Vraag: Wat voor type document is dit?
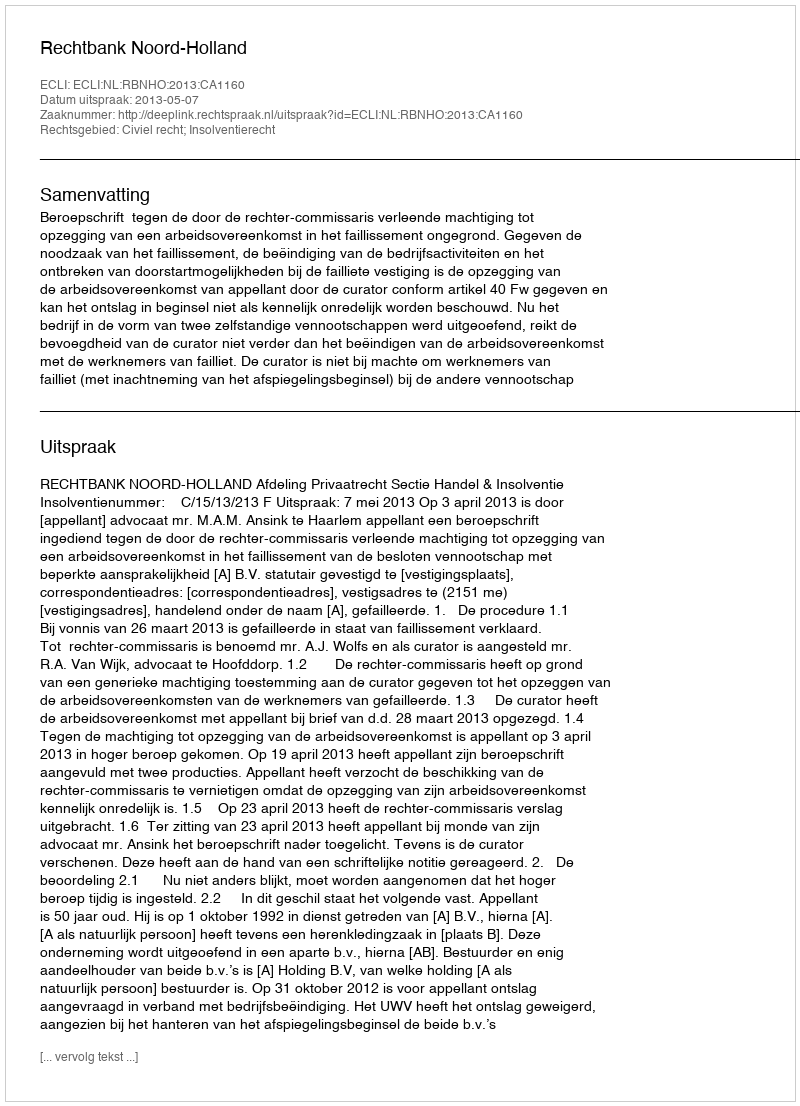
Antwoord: Uitspraak